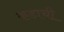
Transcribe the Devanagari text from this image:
कडाची